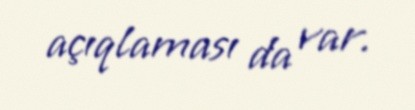
açıqlaması da var.